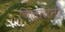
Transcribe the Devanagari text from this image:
चिलासनी